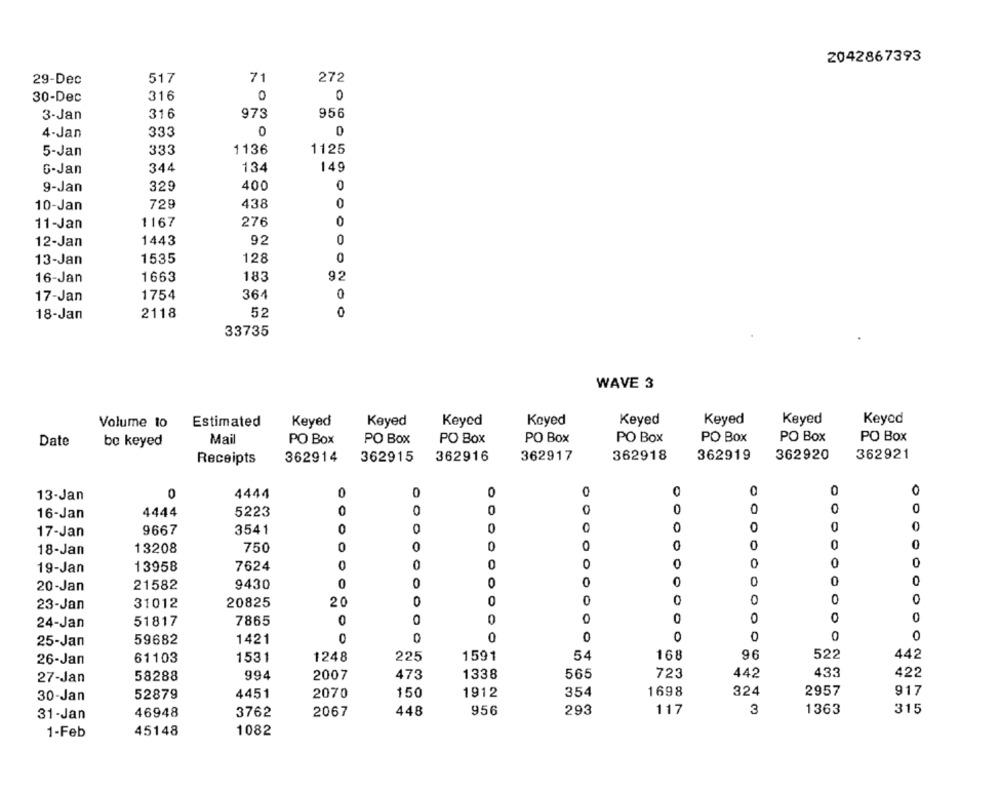
2042867393
29-Dec
517
71
272
316
0
0
30-Dec
3-Jan
316
973
956
4-Jan
333
0
0
333
1136
1125
5-Jan
6-Jan
344
134
149
9-Jan
329
400
0
10-Jan
729
438
0
276
0
11-Jan
1167
12-Jan
1443
92
0
13-Jan
1535
128
0
1663
183
92
16-Jan
364
0
17-Jan
1754
18-Jan
2118
52
0
33735
WAVE 3
Keyed
Keyed
Keyed
Volume to
Estimated
Keyed
Keyed
Keyed
Keyed
Keyed
Date
be keyed
Mail
PO Box
PO Box
PO Box
PO Box
PO Box
PO Box
PO Box
PO Box
Receipts
362914
362915
362916
362917
362918
362919
362920
362921
0
13-Jan
0
4444
0
0
0
0
0
16-Jan
4444
5223
0
0
0
0
0
0
9667
3541
0
0
0
0
O
0
17-Jan
0
0
O
0
0
18-Jan
13208
750
0
0
0
0
19-Jan
13958
7624
0
0
0
21582
9430
0
0
0
0
0
0
20-Jan
20
0
0
0
0
0
0
23-Jan
31012
20825
0
0
0
0
24-Jan
51817
7865
0
0
0
25-Jan
59682
1421
0
0
0
0
0
0
0
0
1248
225
1591
54
168
96
522
442
26-Jan
61103
1531
433
27-Jan
58288
994
2007
473
1338
565
723
442
422
52879
4451
2070
150
1912
354
1698
324
2957
917
30-Jan
3762
2067
448
956
293
117
3
1363
315
31-Jan
46948
1-Feb
45148
1082